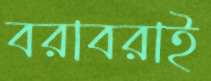
বরাবরাই